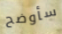
سأوضح